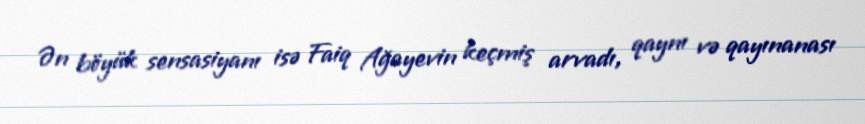
Ən böyük sensasiyanı isə Faiq Ağayevin keçmiş arvadı, qaynı və qayınanası